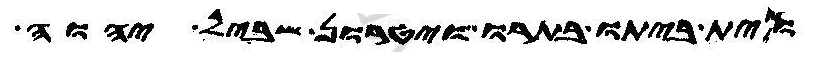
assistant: וית ביתו בתרו ויטרון שביל יהוה